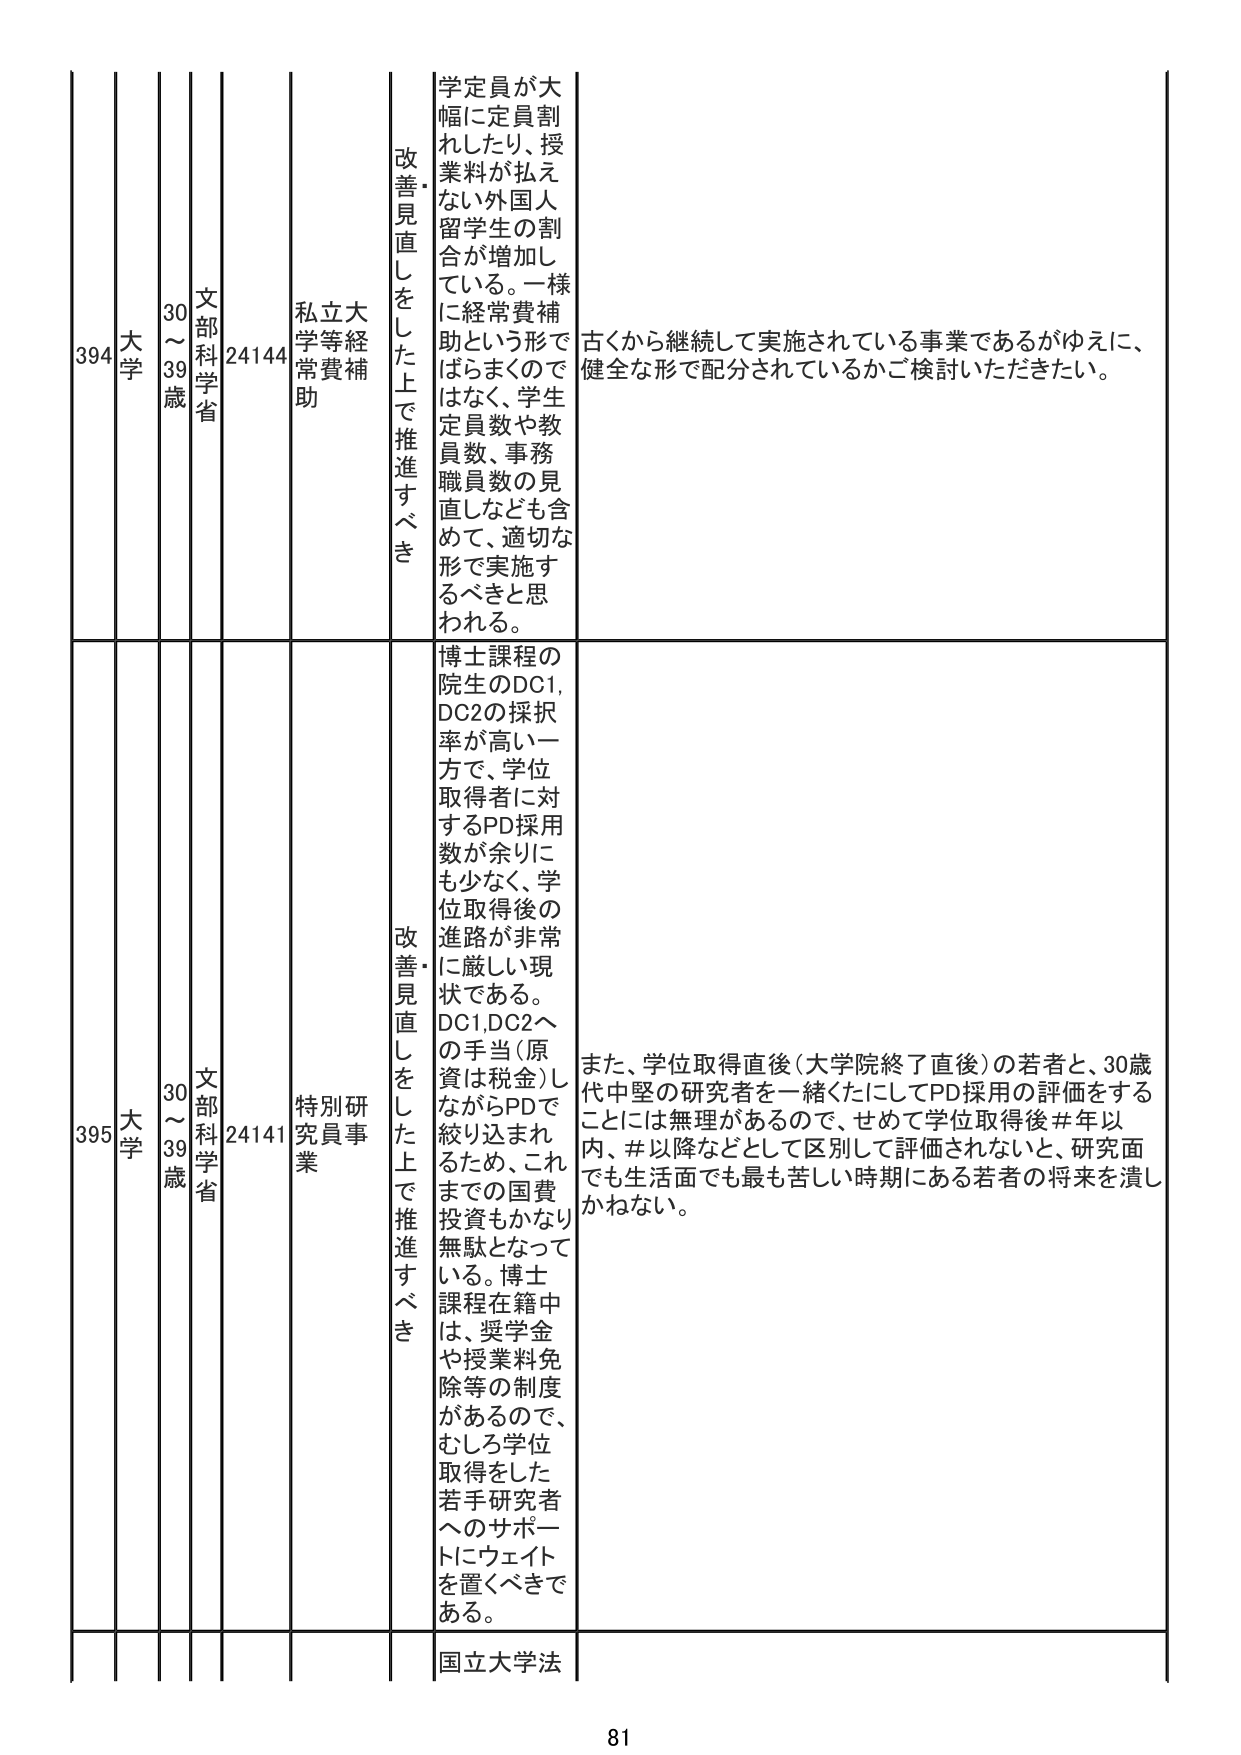
394 大学 30～39歳 文部科学省 24144 私立大学等経常費補助 改善・見直しをした上で推進すべき 学定員が大幅に定員割れしたり、授業料が払えない外国人留学生の割合が増加している。一様に経常費補助という形でばらまくのではなく、学生定員数や教員数、事務職員数の見直しなども含めて、適切な形で実施するべきと思われる。 古くから継続して実施されている事業であるがゆえに、健全な形で配分されているかご検討いただきたい。

395 大学 30～39歳 文部科学省 24141 特別研究員事業 改善・見直しをした上で推進すべき 博士課程の院生のDC1、DC2の採択率が高い一方で、学位取得者に対するPD採用数が余りにも少なく、学位取得後の進路が非常に厳しい現状である。DC1、DC2への手当（原資は税金）しながらPDで繰り込まれるため、これまでの国費投資もかなり無駄となっている。博士課程在籍中は、奨学金や授業料免除等の制度があるので、むしろ学位取得をした若手研究者へのサポートにウェイトを置くべきである。 また、学位取得直後（大学院終了直後）の若者と、30歳代中堅の研究者を一緒くたにしてPD採用の評価をすることには無理があるので、せめて学位取得後＃年以内、＃以降などとして区別して評価されないと、研究面でも生活面でも最も苦しい時期にある若者の将来を潰しかねない。

国立大学法 81